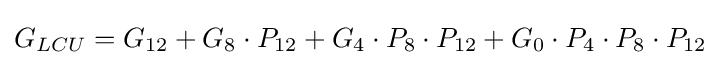
G_{LCU}=G_{12}+G_{8}\cdot P_{12}+G_{4}\cdot P_{8}\cdot P_{12}+G_{0}\cdot P_{4}\cdot P_{8}\cdot P_{12}